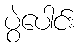
ပွဲပေါင်း